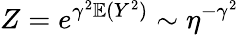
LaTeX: Z=e^{\gamma^{2}\mathbb E(Y^{2})}\sim\eta^{-\gamma^{2}}